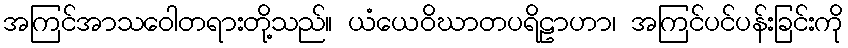
အကြင်အာသဝေါတရားတို့သည်။ ယံယေဝိဃာတပရိဠာဟာ၊ အကြင်ပင်ပန်းခြင်းကို